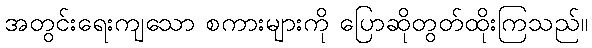
အတွင်းရေးကျသော စကားများကို ပြောဆိုတွတ်ထိုးကြသည်။